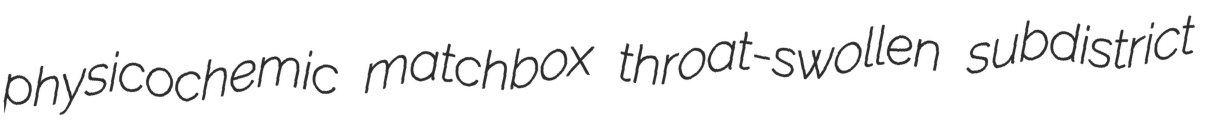
physicochemic matchbox throat-swollen subdistrict